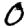
Digit: 0